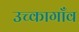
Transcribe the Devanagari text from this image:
उच्कागाँव